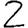
Digit: 2